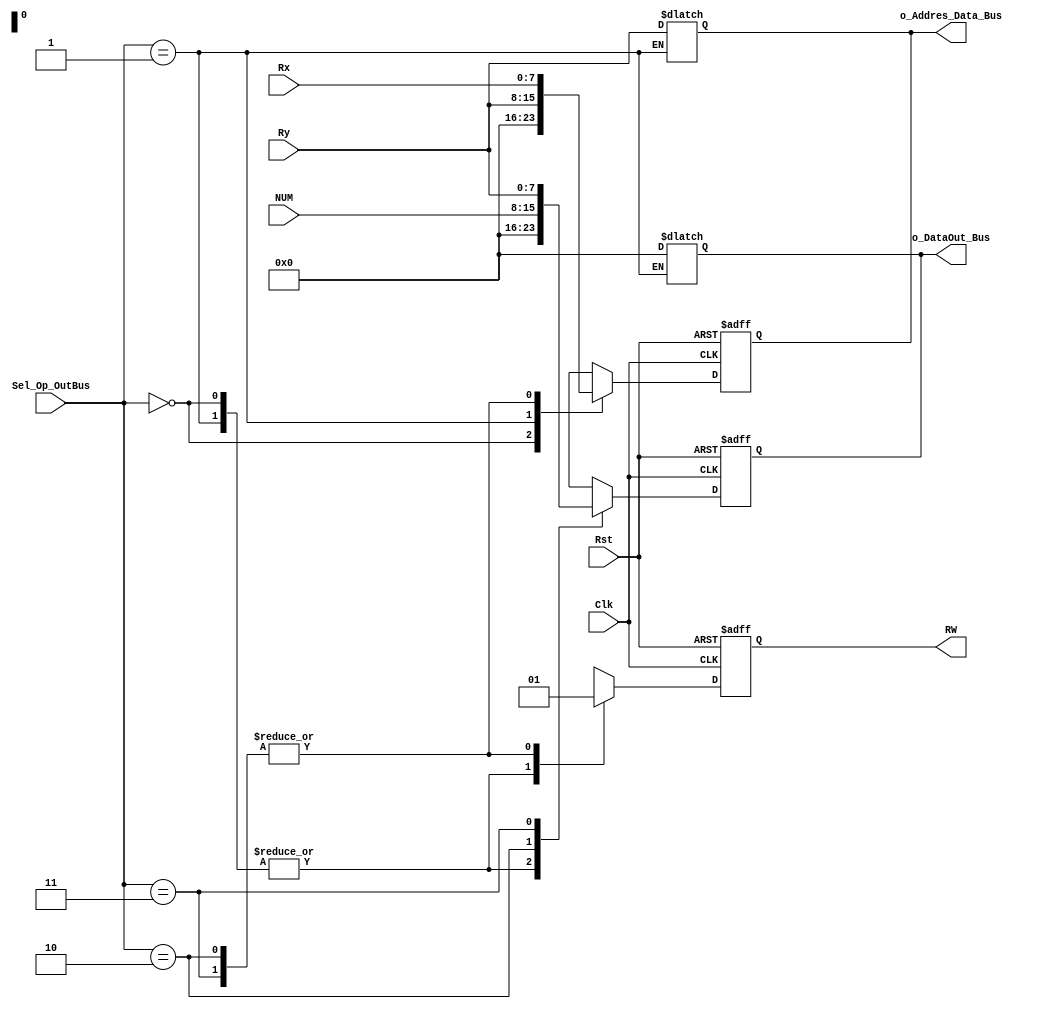
`timescale 1ns / 1ps
//////////////////////////////////////////////////////////////////////////////////
// Company:uaz 
// 
// Design Name: 
// Module Name: Control_b_o
// Project Name: 
// Target Devices: 
// Tool Versions: 
// Description: 
// 
// Dependencies: 
// 
// Revision:
// Revision 0.01 - File Created
// Additional Comments:
// 
//////////////////////////////////////////////////////////////////////////////////


module Control_b_o(
    input Rst,
    input Clk,
    input [7:0] Rx,
    input [7:0] Ry,
    input [7:0] NUM,
    input [1:0] Sel_Op_OutBus,
    output reg [7:0] o_DataOut_Bus,
    output reg [7:0] o_Addres_Data_Bus,
    output reg RW
    );
    
    always @(posedge Clk, posedge Rst) begin
        if(Rst) 
            begin
                o_DataOut_Bus<=0;
                o_Addres_Data_Bus<=0;
                RW<=0;
            end
        else
            case (Sel_Op_OutBus)
                2'b00: 
                    begin
                        o_DataOut_Bus<=0;
                        o_Addres_Data_Bus<=0;
                        RW<=0;
                    end
                2'b01:
                    begin
                        o_DataOut_Bus<=0;
                        o_Addres_Data_Bus<=Ry;
                        RW<=0;
                    end
                2'b10:
                    begin
                        o_DataOut_Bus<=NUM;
                        o_Addres_Data_Bus<=Rx;
                        RW<=1;
                    end
                2'b11:
                    begin
                        o_DataOut_Bus<=Ry;
                        o_Addres_Data_Bus<=Rx;
                        RW<=1;
                    end
                default: 
                    begin
                        o_DataOut_Bus<=0;
                        o_Addres_Data_Bus<=0;
                        RW<=0;
                    end                
            endcase
            end
            
// nesecario para load RX [RY] con memorias          
    always @(Rx,Ry,NUM,Sel_Op_OutBus) begin
         if (Sel_Op_OutBus==2'b01)
             begin
                 o_DataOut_Bus<=0;
                o_Addres_Data_Bus<=Ry;
             end
         end
endmodule